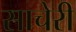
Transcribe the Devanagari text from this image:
साचेरी